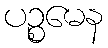
ပဉ္စမေန